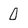
Character: 0